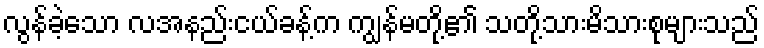
လွန်ခဲ့သော လအနည်းငယ်ခန့်က ကျွန်မတို့၏ သတို့သားမိသားစုများသည်